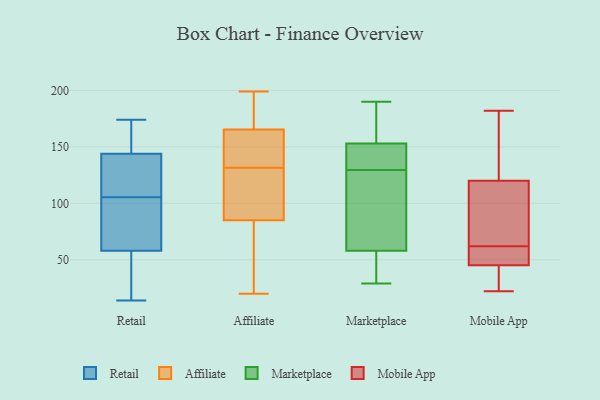
{"axis": {"x": "Temperature (°C)", "y": "Value"}, "legend": ["Affiliate", "Marketplace", "Mobile App", "Retail"], "data": [{"x": "", "y": 96, "type": "Retail"}, {"x": "", "y": 144, "type": "Retail"}, {"x": "", "y": 115, "type": "Retail"}, {"x": "", "y": 146, "type": "Retail"}, {"x": "", "y": 23, "type": "Retail"}, {"x": "", "y": 142, "type": "Retail"}, {"x": "", "y": 70, "type": "Retail"}, {"x": "", "y": 174, "type": "Retail"}, {"x": "", "y": 129, "type": "Retail"}, {"x": "", "y": 58, "type": "Retail"}, {"x": "", "y": 35, "type": "Retail"}, {"x": "", "y": 17, "type": "Retail"}, {"x": "", "y": 83, "type": "Retail"}, {"x": "", "y": 76, "type": "Retail"}, {"x": "", "y": 14, "type": "Retail"}, {"x": "", "y": 116, "type": "Retail"}, {"x": "", "y": 166, "type": "Retail"}, {"x": "", "y": 165, "type": "Retail"}, {"x": "", "y": 119, "type": "Affiliate"}, {"x": "", "y": 82, "type": "Affiliate"}, {"x": "", "y": 145, "type": "Affiliate"}, {"x": "", "y": 20, "type": "Affiliate"}, {"x": "", "y": 186, "type": "Affiliate"}, {"x": "", "y": 140, "type": "Affiliate"}, {"x": "", "y": 54, "type": "Affiliate"}, {"x": "", "y": 155, "type": "Affiliate"}, {"x": "", "y": 199, "type": "Affiliate"}, {"x": "", "y": 88, "type": "Affiliate"}, {"x": "", "y": 123, "type": "Affiliate"}, {"x": "", "y": 176, "type": "Affiliate"}, {"x": "", "y": 164, "type": "Marketplace"}, {"x": "", "y": 29, "type": "Marketplace"}, {"x": "", "y": 138, "type": "Marketplace"}, {"x": "", "y": 152, "type": "Marketplace"}, {"x": "", "y": 121, "type": "Marketplace"}, {"x": "", "y": 117, "type": "Marketplace"}, {"x": "", "y": 153, "type": "Marketplace"}, {"x": "", "y": 113, "type": "Marketplace"}, {"x": "", "y": 49, "type": "Marketplace"}, {"x": "", "y": 29, "type": "Marketplace"}, {"x": "", "y": 58, "type": "Marketplace"}, {"x": "", "y": 142, "type": "Marketplace"}, {"x": "", "y": 160, "type": "Marketplace"}, {"x": "", "y": 190, "type": "Marketplace"}, {"x": "", "y": 33, "type": "Mobile App"}, {"x": "", "y": 23, "type": "Mobile App"}, {"x": "", "y": 86, "type": "Mobile App"}, {"x": "", "y": 22, "type": "Mobile App"}, {"x": "", "y": 62, "type": "Mobile App"}, {"x": "", "y": 171, "type": "Mobile App"}, {"x": "", "y": 68, "type": "Mobile App"}, {"x": "", "y": 103, "type": "Mobile App"}, {"x": "", "y": 181, "type": "Mobile App"}, {"x": "", "y": 61, "type": "Mobile App"}, {"x": "", "y": 54, "type": "Mobile App"}, {"x": "", "y": 182, "type": "Mobile App"}, {"x": "", "y": 89, "type": "Mobile App"}, {"x": "", "y": 47, "type": "Mobile App"}, {"x": "", "y": 174, "type": "Mobile App"}, {"x": "", "y": 59, "type": "Mobile App"}, {"x": "", "y": 40, "type": "Mobile App"}]}